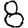
Digit: 8